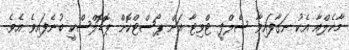
މާކެލްއާ އެކު ނަގާފައިވާ ސެލްފީ ޓްވިޓާ އަށް ޕޯސްޓްކޮށް ޕޮޑޮލްސްކީ ބުނެފައިވެ އެވެ.